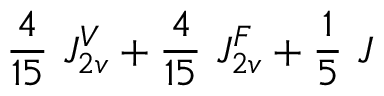
\frac { 4 } { 1 5 } ~ { \cal J } _ { 2 v } ^ { V } + \frac { 4 } { 1 5 } ~ { \cal J } _ { 2 v } ^ { F } + { \frac { 1 } { 5 } } ~ { \cal J }